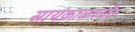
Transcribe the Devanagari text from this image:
सायंकाळपर्यंत